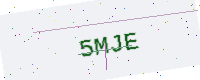
Text: 5MJE